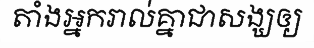
តាំងអ្នករាល់គ្នាជាសង្ឃឲ្យ